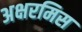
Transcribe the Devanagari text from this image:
अक्षरमिस